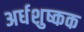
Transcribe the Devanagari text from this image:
अर्धशुष्कक